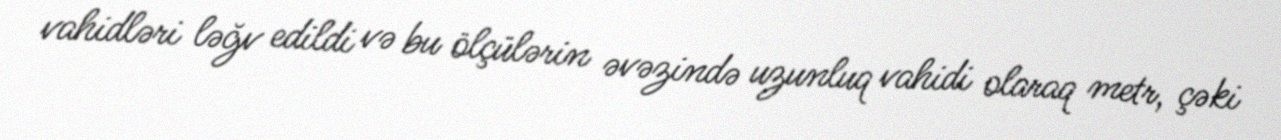
vahidləri ləğv edildi və bu ölçülərin əvəzində uzunluq vahidi olaraq metr, çəki